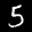
Label: 5